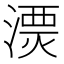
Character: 𣻔